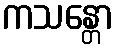
ကသန္တော